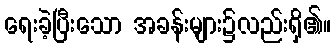
ရေးခဲ့ပြီးသော အခန်းများ၌လည်းရှိ၏။